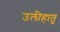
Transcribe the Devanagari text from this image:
उलीहातू